65_HS1-834228961_62-HQ-83894_Section_4
Agency: FBI
Page 212
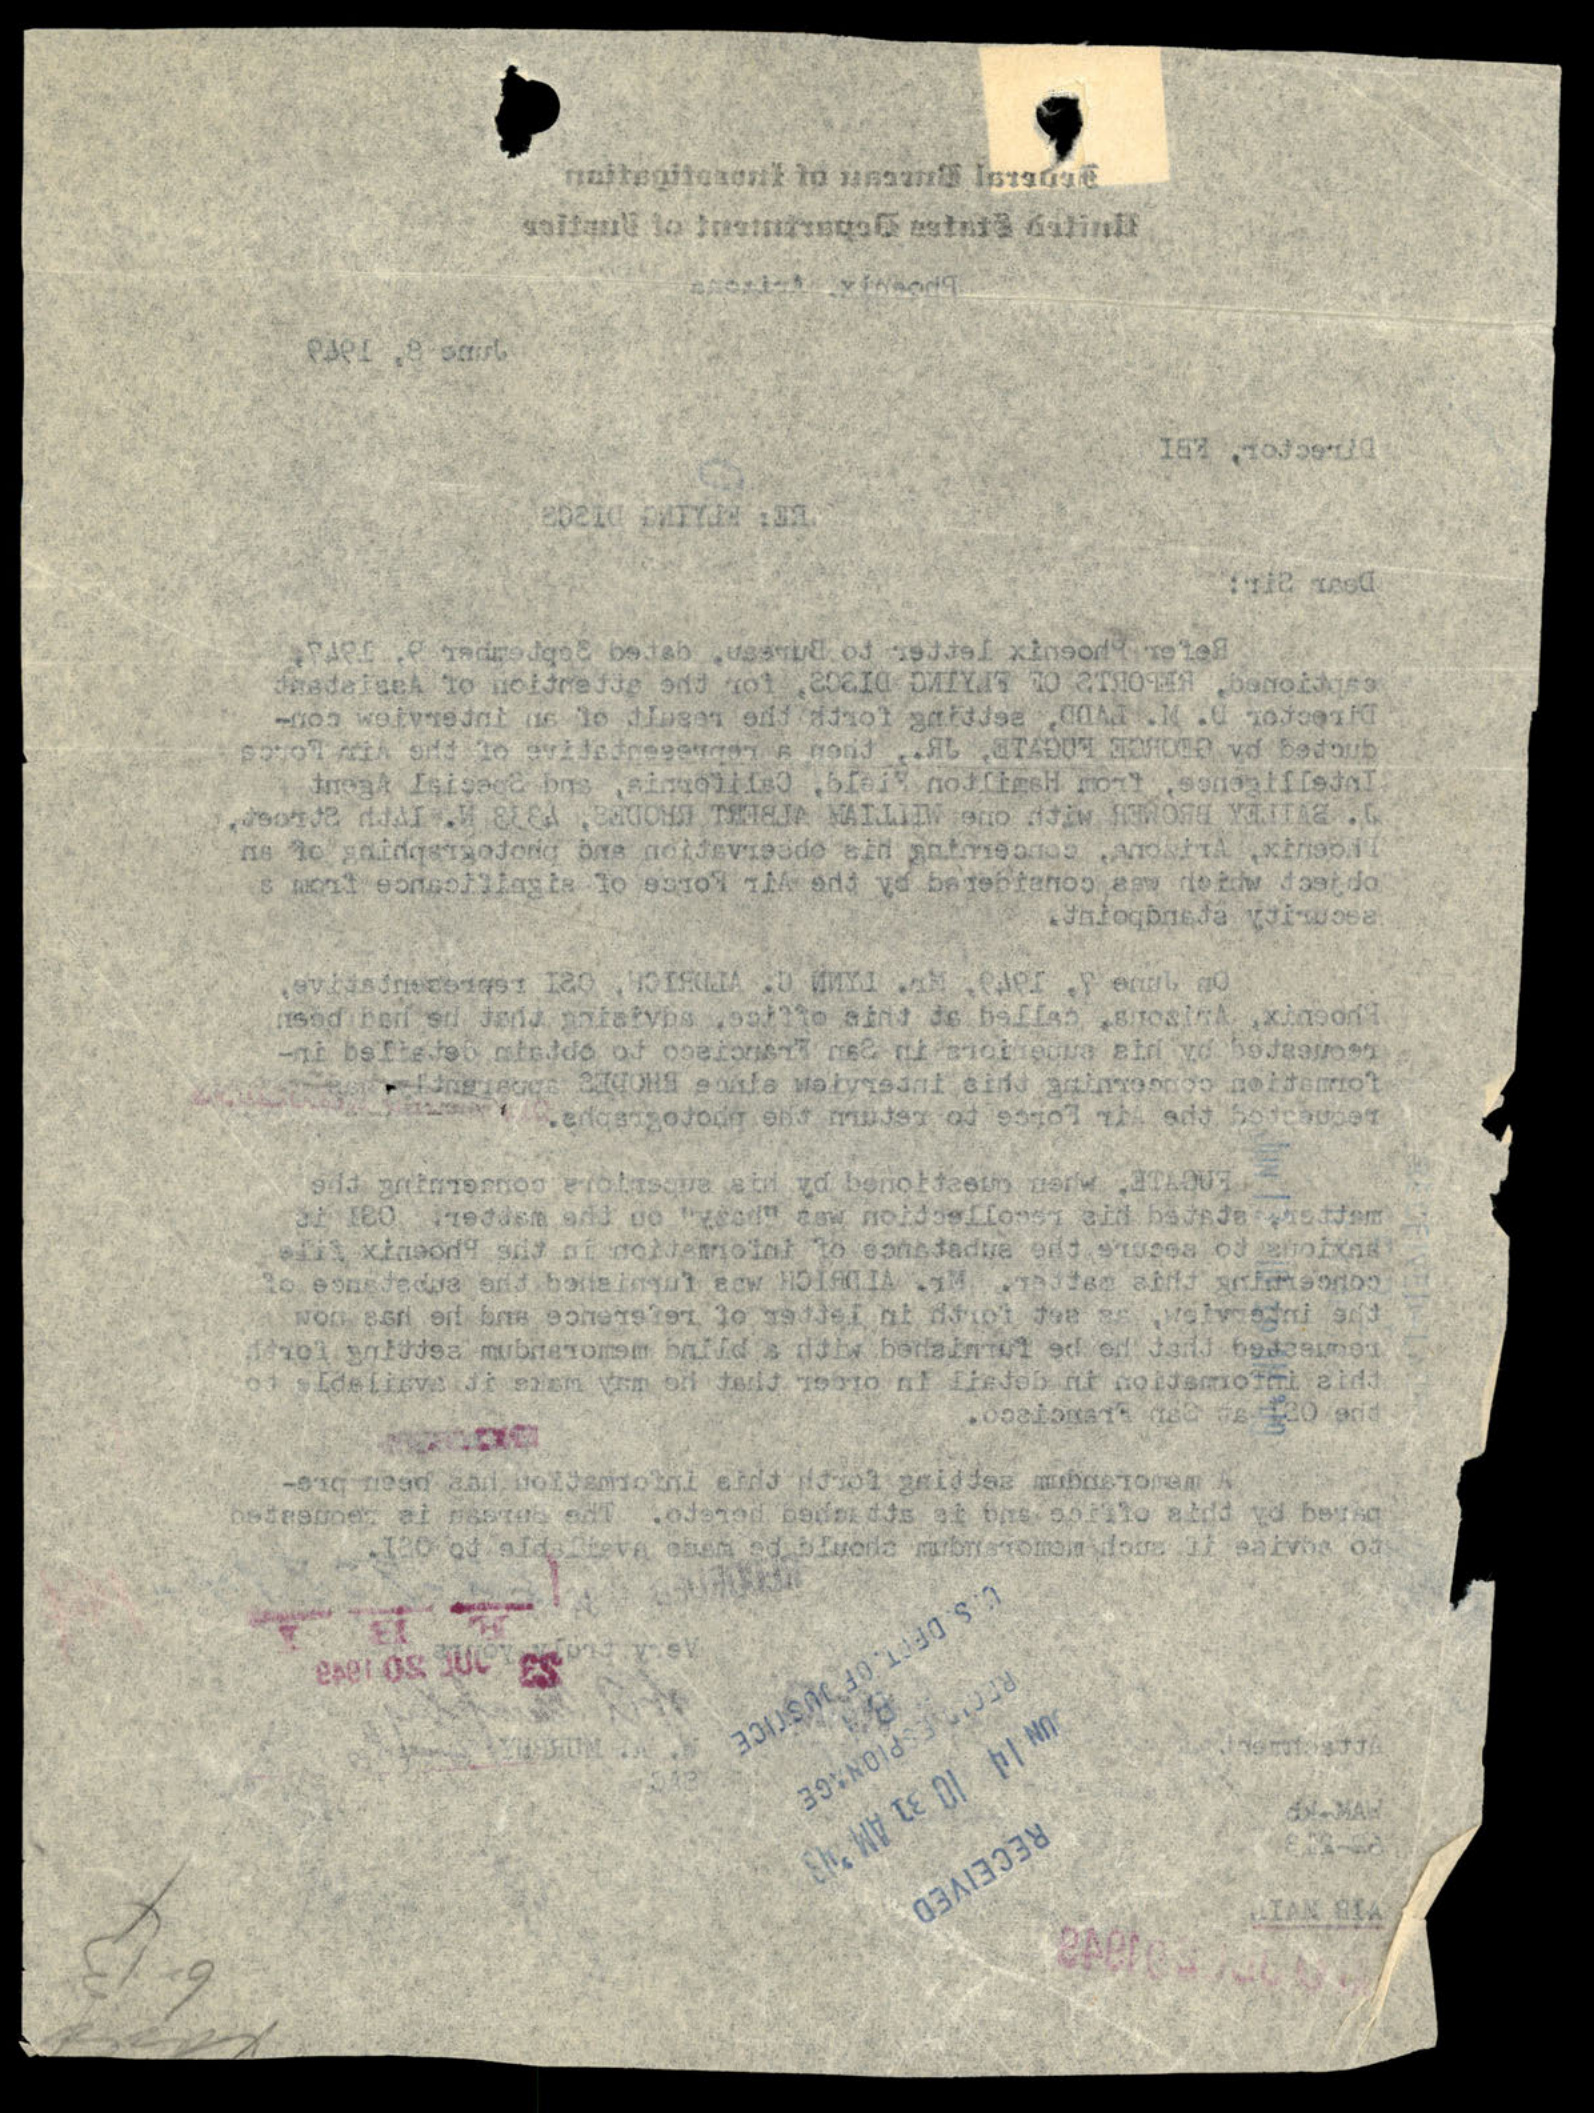